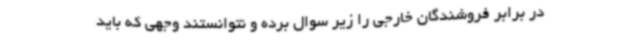
در برابر فروشندگان خارجی را زیر سوال برده و نتوانستند وجهی که باید